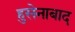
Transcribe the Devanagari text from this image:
हुसेनाबाद